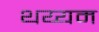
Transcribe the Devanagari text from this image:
थय्यम